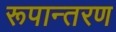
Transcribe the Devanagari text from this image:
रूपान्‍तरण